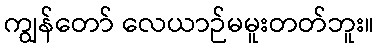
ကျွန်တော် လေယာဉ်မမူးတတ်ဘူး။